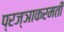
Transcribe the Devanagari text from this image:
प्रज्ञाकरमती